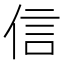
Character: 信